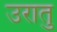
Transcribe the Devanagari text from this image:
उरातु